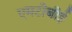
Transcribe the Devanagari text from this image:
एमटीबीई